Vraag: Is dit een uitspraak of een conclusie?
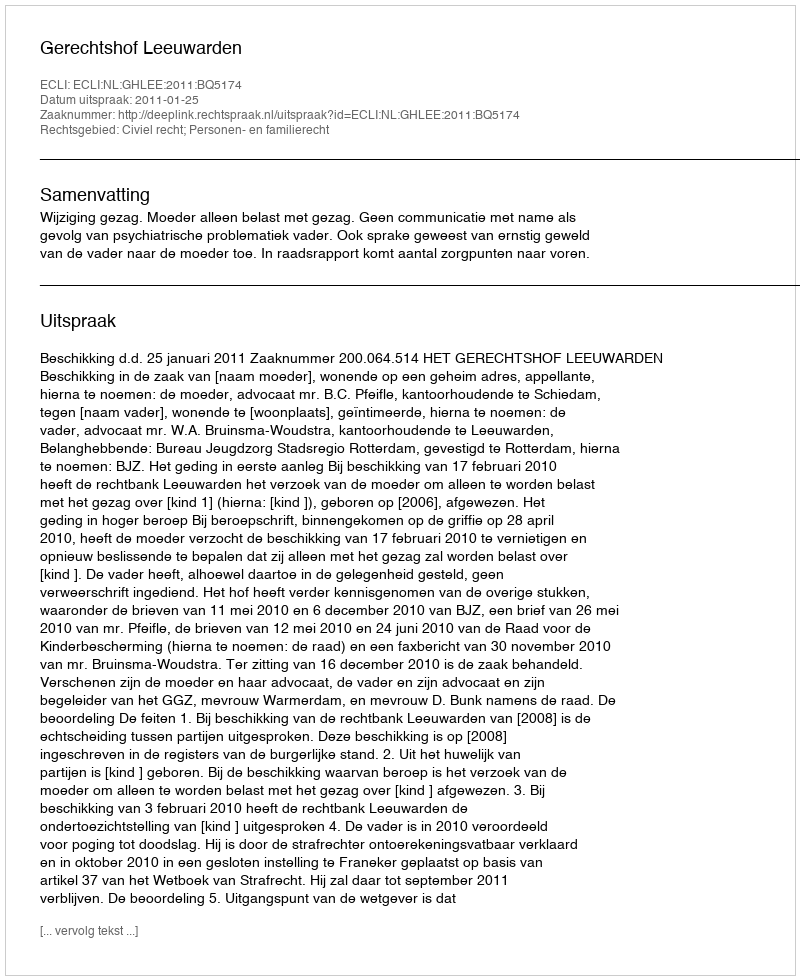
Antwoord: Uitspraak